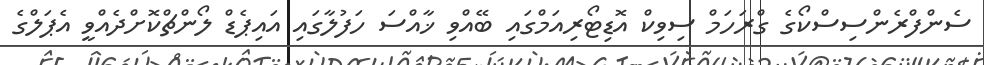
ސެންފްރެންސިސްކޯގެ ގްރަހަމް ސިވިކް އޮޑިޓޯރިއަމްގައި ބޭއްވި ޚާއްސަ ހަފުލާގައި އައިޕެޑް ލޯންޗްކޮށްދެއްވީ އެޕަލްގެ